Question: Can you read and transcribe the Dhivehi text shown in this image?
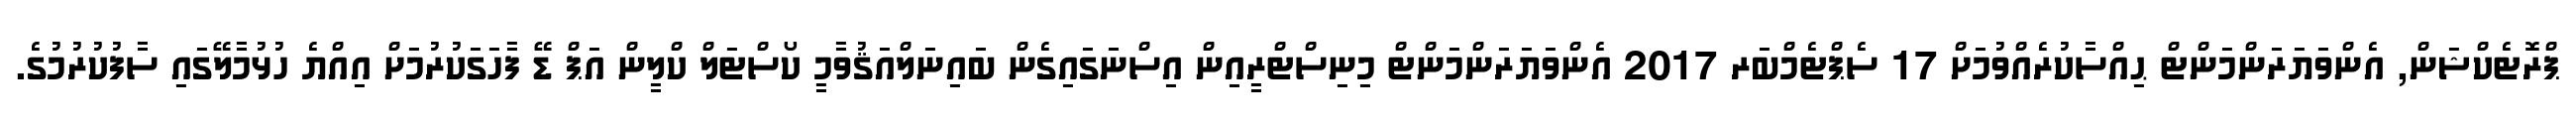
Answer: ޕްރޮޓެކްޝަން, އެންވަޔަރަންމަންޓް ޙިއްސާކުރެއްވުމަށް 17 ސެޕްޓެމްބަރ 2017 އެންވަޔަރަންމަންޓް މިނިސްޓްރީއިން އިސްނަގައިގެން ބައިނަލްއަޤުވާމީ ކޯސްޓަލް ކްލީން އަޕް ޑޭ ފާހަގަކުރުމަށް އިއްޔެ ހުޅުމާލޭގައި ސާފުކުރުމުގެ.